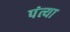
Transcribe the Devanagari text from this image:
पंत्या